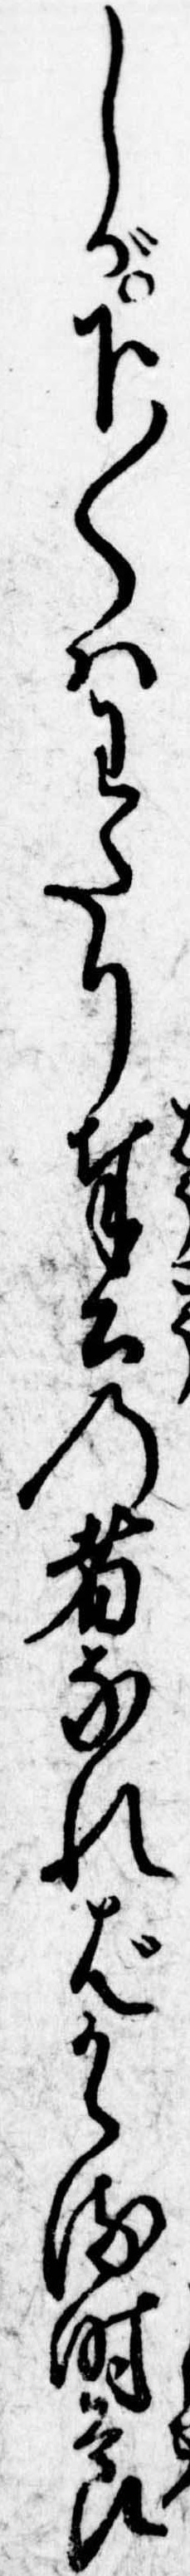
しが下〱はわたり奉公の者なればかゝる時節